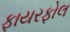
ફાયરફોલ